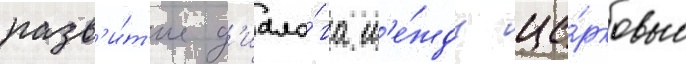
разв'и́т'ие д'иало́га м'е́жду це́рковью